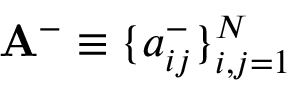
\mathbf { A } ^ { - } \equiv \{ a _ { i j } ^ { - } \} _ { i , j = 1 } ^ { N }